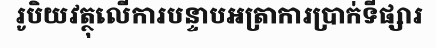
រូបិយវត្ថុលើការបន្ទាបអត្រាការប្រាក់ទីផ្សារ